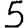
Digit: 5